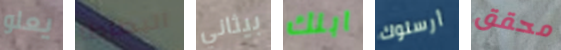
يعلو البطاطا بيثاني ابنك أرسلوك محقق